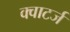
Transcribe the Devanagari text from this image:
क्वाटर्ज